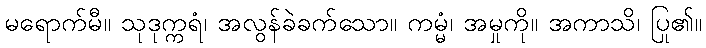
မရောက်မီ။ သုဒုက္ကရံ၊ အလွန်ခဲခက်သော။ ကမ္မံ၊ အမှုကို။ အကာသိ၊ ပြု၏။